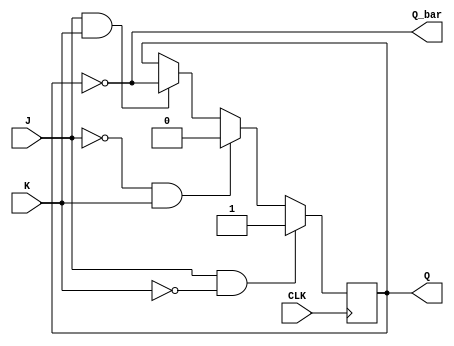
module jk_latch (
    input J,
    input K,
    input CLK,
    output reg Q,
    output reg Q_bar
);

always @(posedge CLK) begin
    if (J && !K)
        Q <= 1;
    else if (!J && K)
        Q <= 0;
    else if (J && K)
        Q <= ~Q;
end

assign Q_bar = ~Q;
endmodule